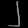
Digit: ၂